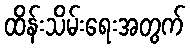
ထိန်းသိမ်းရေးအတွက်